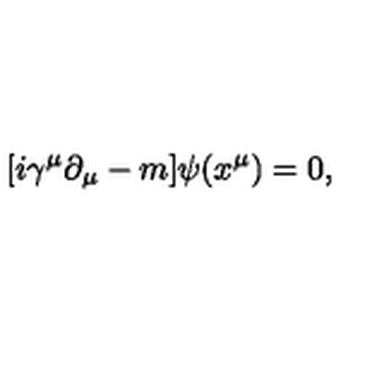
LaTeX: [ i \gamma ^ { \mu } \partial _ { \mu } - m ] \psi ( x ^ { \mu } ) = 0 ,